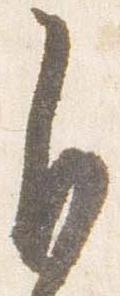
自